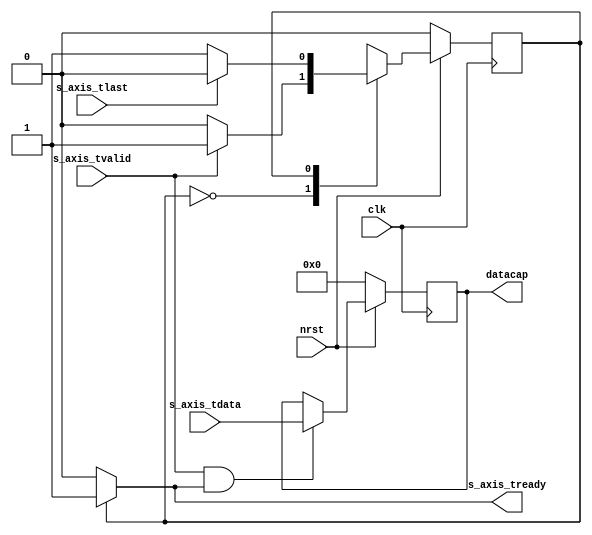
`timescale 1ns / 1ps
//////////////////////////////////////////////////////////////////////////////////
// Company: 
// Engineer: 
// 
// Design Name: 
// Module Name: dummy_axis
// Project Name: 
// Target Devices: 
// Tool Versions: 
// Description: 
// 
// Dependencies: 
// 
// Revision:
// Revision 0.01 - File Created
// Additional Comments:
// 
//////////////////////////////////////////////////////////////////////////////////


module dummy_axis(
    clk,
    nrst,
    s_axis_tdata,
    s_axis_tlast,
    s_axis_tvalid,
    s_axis_tready,
    datacap
    );

    input clk,nrst;
    input [7:0] s_axis_tdata;
    input s_axis_tlast;
    input s_axis_tvalid;
    output s_axis_tready;
    output [7:0] datacap;

    reg state;
    parameter S_IDLE = 1'd0;
    parameter S_TRAN = 1'd1;

    always@(posedge clk)
      if (!nrst)
        state <= S_IDLE;
      else
        case(state)
          S_IDLE:
            if (s_axis_tvalid)
              state <= S_TRAN;
            else
              state <= S_IDLE;

          S_TRAN:
            if (s_axis_tlast)
              state <= S_IDLE;
            else
              state <= S_TRAN;
        endcase

    assign s_axis_tready = (state == S_TRAN) ? 1'b1 : 0;

    reg [7:0] datacap;
    always@(posedge clk)
      if (!nrst)
        datacap <= 0;
      else
        if (s_axis_tvalid && s_axis_tready)
          datacap <= s_axis_tdata;
        else
          datacap <= datacap;

endmodule